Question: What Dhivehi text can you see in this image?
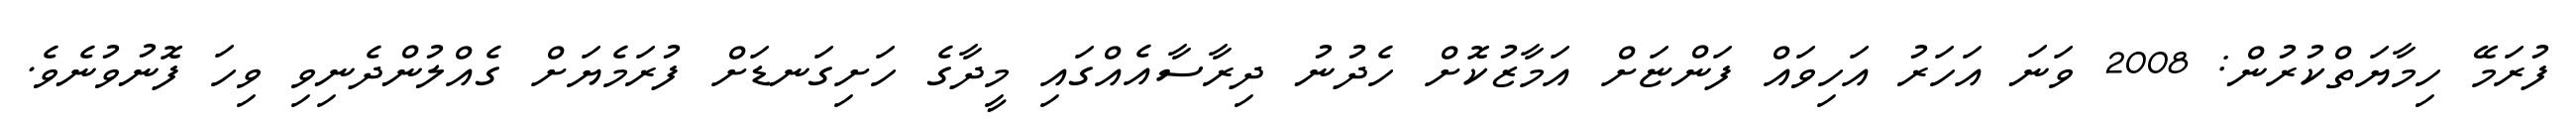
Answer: ފުރަމޭ ހިމާޔަތްކުރުން: 2008 ވަނަ އަހަރު އަހިވައް ފަންޏަށް އަމާޒުކޮށް ހެދުނު ދިރާސާއެއްގައި މީދާގެ ހަށިގަނޑަށް ފުރަމެޔަށް ގެއްލުންދެނިވި ވިހަ ފޮނުވުނެވެ.